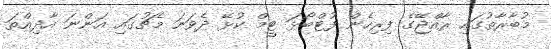
މުބާރާތުގައި ރާއްޖޭގެ ފިރިހެން ފުޓްބޯޅަ ޓީމް ކުޅޭ ދެވަނަ މެޗުގައި އަންނަ އާދިއްތަ